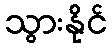
သွားနိုင်